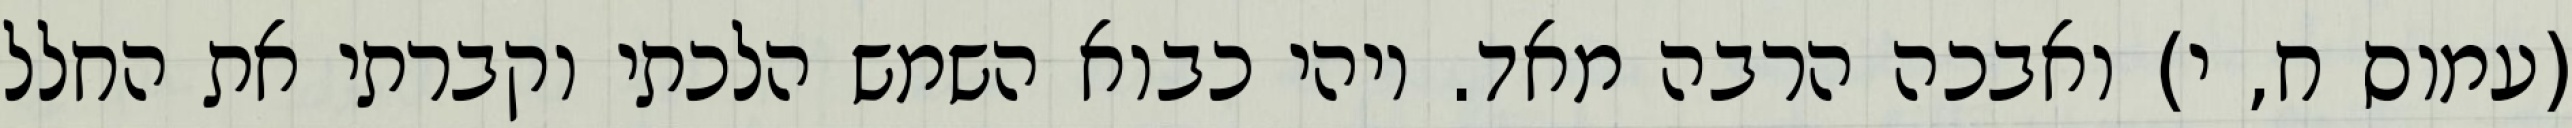
(עמוס ח, י) ואבכה הרבה מאד. ויהי כבוא השמש הלכתי וקברתי את החלל